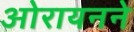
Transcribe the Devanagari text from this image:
ओरायनने